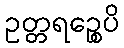
ဥတ္တရဉ္စေပိ